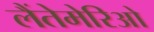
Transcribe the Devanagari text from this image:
लैंतेमेरिओ